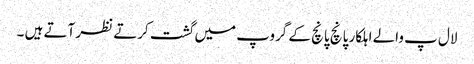
لال پ والے اہلکار پانچ پانچ کے گروپ میں گشت کرتے نظر آتے ہیں ۔